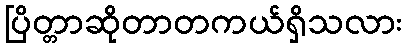
ပြိတ္တာဆိုတာတကယ်ရှိသလား